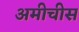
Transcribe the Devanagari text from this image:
अमीचीस